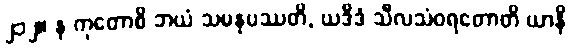
၂၁၂။ န ကုတောစိ ဘယံ သမနုပဿတိ, ယဒိဒံ သီလသံဝရတောတိ ယာနိ